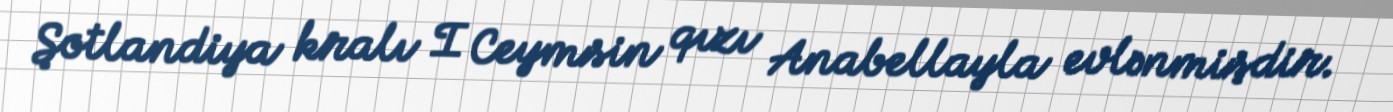
Şotlandiya kralı I Ceymsin qızı Anabellayla evlənmişdir.